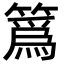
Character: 䈧